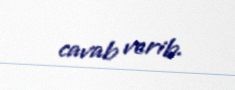
cavab verib.